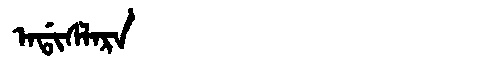
Manchu: ᠠᡩᡳᠰᠯᠠᡵᠠ
Romanization: ADISLARA